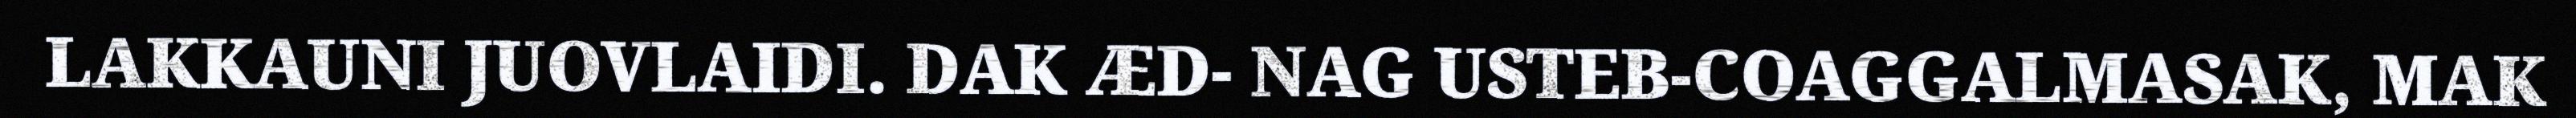
LAKKAUNI JUOVLAIDI. DAK ÆD- NAG USTEB-COAGGALMASAK, MAK